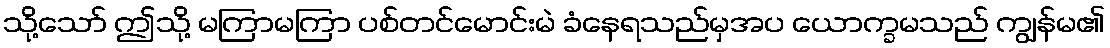
သို့သော် ဤသို့ မကြာမကြာ ပစ်တင်မောင်းမဲ ခံနေရသည်မှအပ ယောက္ခမသည် ကျွန်မ၏